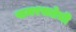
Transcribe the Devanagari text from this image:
समरसतेची